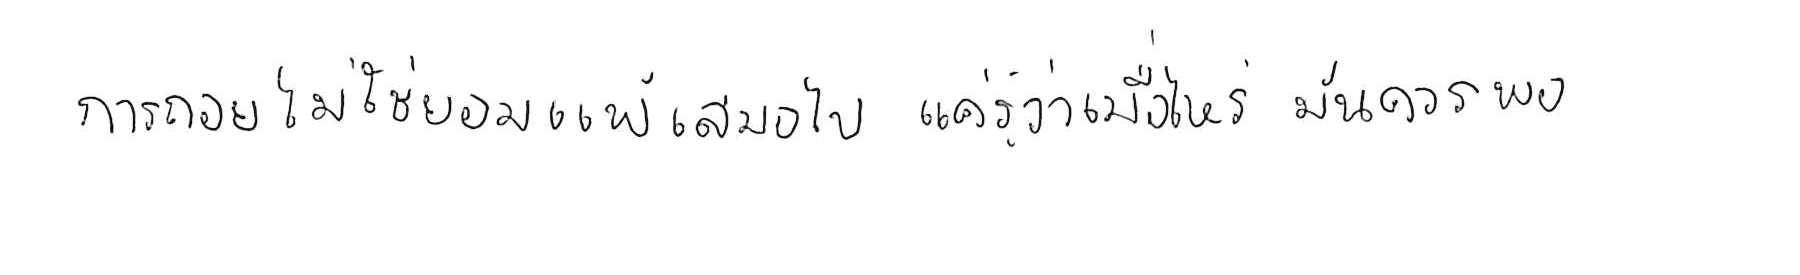
การถอย ไม่ใช่ยอมแพ้ เสมอไป แค่รู้ว่าเมื่อไหร่ มันควรพอ